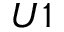
U 1